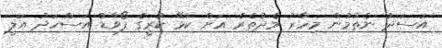
އަސަދު ނެތުމުން މިހާރު މެދުތެރެ އަށް ކުޅޭ ކުރީގެ ފޯވާޑް އަސްހަދު އަލީ